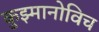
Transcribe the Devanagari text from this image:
कुझ्मानोविच